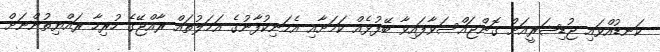
ކަނޑުއްވައި ޖުޑިޝަރީއަށް ގޮންޖައްސަވާފައިވާ ބޭފުޅެއް ކަމަށާއި އެމަނިކުފާނުގެ އަމަލުތައް ރާއްޖޭގެ ހުރިހާ ރައްޔިތުންނަށް